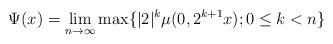
LaTeX: \begin{align*}\Psi (x)=\lim_{n\rightarrow\infty}\max\{|2|^{k}\mu(0,2^{k+1}x);0\leq k<n\}\end{align*}